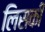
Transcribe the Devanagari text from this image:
लिसकी